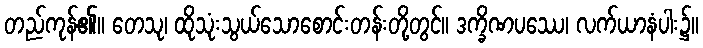
တည်ကုန်၏။ တေသု၊ ထိုသုံးသွယ်သောစောင်းတန်းတို့တွင်။ ဒက္ခိဏပဿေ၊ လက်ယာနံပါး၌။